Report of the Indian Hemp Drugs Commission, 1894-1895 - Volume V
Year: 1894
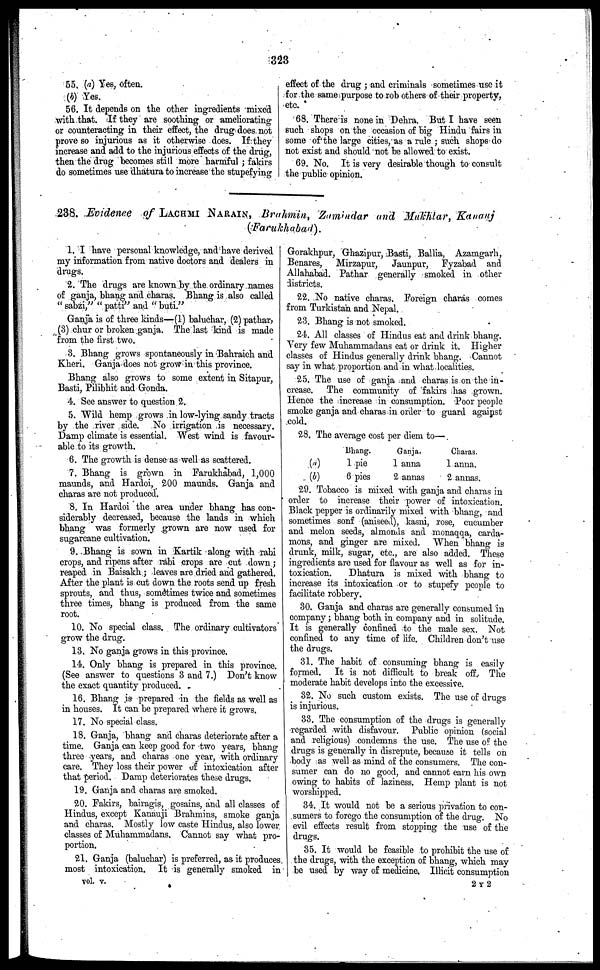
323
55. (a) Yes, often.
(4) Yes.
56. It depends on the other ingredients mixed
with that. If they are soothing or ameliorating
or counteracting in their effect, the drug does not
prove so injurious as it otherwise does. If they
increase and add to the injurious effects of the drug,
then the drug becomes still more harmful; fakirs
do sometimes use dhatura to increase the stupefying
effect of the drug; and criminals sometimes use it
for the same purpose to rob others of their property,
etc.
68. There is none in Dehra. But I have seen
such shops on the occasion of big Hindu fairs in
some of the large cities, as a rule; such shops do
not exist and should not be allowed to exist.
69. No. It is very desirable though to consult
the public opinion.
238. Evidence of LACHMI NARAIN, Brahmin, Zamindar and Mukhtar, Kananj
(Farukhabad).
1. I have personal knowledge, and have derived
my information from native doctors and dealers in
drugs.
2. The drugs are known by the ordinary names
of ganja, bhang and charas. Bhang is also called
"sabzi," "patti" and "buti."
Ganja is of three kinds—(1) baluchar, (2) pathar,
(3) chur or broken ganja. The last kind is made
from the first two.
3. Bhang grows spontaneously in Bahraich and
Kheri. Ganja does not grow in this province.
Bhang also grows to some extent in Sitapur,
Basti, Pilibhit and Gonda.
4. See answer to question 2.
5. Wild hemp grows in low-lying sandy tracts
by the river side. No irrigation is necessary.
Damp climate is essential. West wind is favour-
able to its growth.
6. The growth is dense as well as scattered.
7. Bhang is grown in Farukhabad, 1,000
maunds, and Hardoi, 200 maunds. Ganja and
charas are not produced.
8. In Hardoi the area under bhang has con-
siderably decreased, because the lands in which
bhang was formerly grown are now used for
sugarcane cultivation.
9. Bhang is sown in Kartik along with rabi
crops, and ripens after rabi crops are cut down;
reaped in Baisakh; leaves are dried and gathered.
After the plant is cut down the roots send up fresh
sprouts, and thus, sometimes twice and sometimes
three times, bhang is produced from the same
root.
10. No special class. The ordinary cultivators
grow the drug.
13. No ganja grows in this province.
14. Only bhang is prepared in this province.
(See answer to questions 3 and 7.) Don't know
the exact quantity produced.
16. Bhang is prepared in the fields as well as
in houses. It can be prepared where it grows.
17. No special class.
18. Ganja, bhang and charas deteriorate after a
time. Ganja can keep good for two years, bhang
three years, and charas one year, with ordinary
care. They loss their power of intoxication after
that period. Damp deteriorates these drugs.
19. Ganja and charas are smoked.
20. Fakirs, bairagis, gosains, and all classes of
Hindus, except Kauauji Brahmins, smoke ganja
and charas. Mostly low caste Hindus, also lower
classes of Muhammadans. Cannot say what pro-
portion.
21. Ganja (baluchar) is preferred, as it produces
most intoxication. It is generally smoked in
Gorakhpur, Ghazipur, Basti, Ballia, Azamgarh,
Benares, Mirzapur,
Jaunpur, Fyzabad and
Allahabad. Pathar generally smoked in other
districts.
22. No native charas. Foreign charas comes
from Turkistan and Nepal.
23. Bhang is not smoked.
24. All classes of Hindus eat and drink bhang.
Very few Muhammadans eat or drink it. Higher
classes of Hindus generally drink bhang. Cannot
say in what proportion and in what localities.
25. The use of ganja and charas is on the in-
crease. The community of fakirs has grown.
Hence the increase in consumption. Poor people
smoke ganja and charas in order to guard against
cold.
28. The average cost per diem to—
(a)
(b)
Bhang.
1 pie
6 pies
Ganja.
1 anna
2 annas
Charas.
1 anna.
2 annas.
29. Tobacco is mixed with ganja and charas in
order to increase their power of intoxication.
Black pepper is ordinarily mixed with bhang, and
sometimes sonf (aniseed), kasni, rose, cucumber
and melon seeds, almonds and monaqqa, carda-
mons, and ginger are mixed. When bhang is
drunk, milk, sugar, etc., are also added. These
ingredients are used for flavour as well as for in-
toxication.
Dhatura is mixed with bhang to
increase its intoxication or to stupefy people to
facilitate robbery.
30. Ganja and charas are generally consumed in
company; bhang both in company and in solitude.
It is generally confined to the male sex. Not
confined to any time of life. Children don't use
the drugs.
31. The habit of consuming bhang is easily
formed. It is not difficult to break off. The
moderate habit develops into the excessive.
32. No such custom exists. The use of drugs
is injurious.
33. The consumption of the drugs is generally
regarded with disfavour. Public opinion (social
and religious) condemns the use. The use of the
drugs is generally in disrepute, because it tells on
body as well as mind of the consumers. The con-
sumer can do no good, and cannot earn his own
owing to habits of laziness. Hemp plant is not
worshipped.
34. It would not be a serious privation to con-
sumers to forego the consumption of the drug. No
evil effects result from stopping the use of the
drugs.
35. It would be feasible to prohibit the use of
the drugs, with the exception of bhang, winch may
be used by way of medicine. Illicit consumption
vol. v.
2T2